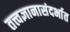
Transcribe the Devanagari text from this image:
तत्त्वज्ञानासंदर्भात